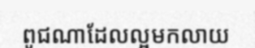
ពូជណាដែលល្អមកលាយ